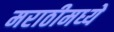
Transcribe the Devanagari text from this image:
मराठीमध्‍ये